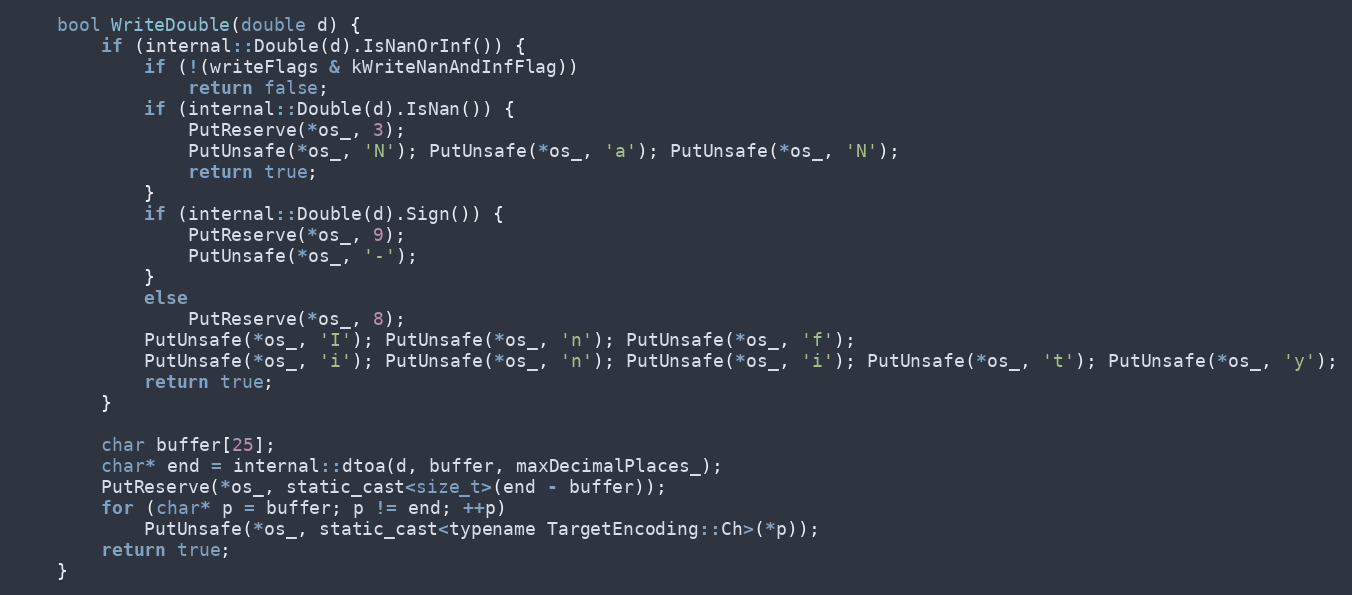
Language: C
    bool WriteDouble(double d) {
        if (internal::Double(d).IsNanOrInf()) {
            if (!(writeFlags & kWriteNanAndInfFlag))
                return false;
            if (internal::Double(d).IsNan()) {
                PutReserve(*os_, 3);
                PutUnsafe(*os_, 'N'); PutUnsafe(*os_, 'a'); PutUnsafe(*os_, 'N');
                return true;
            }
            if (internal::Double(d).Sign()) {
                PutReserve(*os_, 9);
                PutUnsafe(*os_, '-');
            }
            else
                PutReserve(*os_, 8);
            PutUnsafe(*os_, 'I'); PutUnsafe(*os_, 'n'); PutUnsafe(*os_, 'f');
            PutUnsafe(*os_, 'i'); PutUnsafe(*os_, 'n'); PutUnsafe(*os_, 'i'); PutUnsafe(*os_, 't'); PutUnsafe(*os_, 'y');
            return true;
        }

        char buffer[25];
        char* end = internal::dtoa(d, buffer, maxDecimalPlaces_);
        PutReserve(*os_, static_cast<size_t>(end - buffer));
        for (char* p = buffer; p != end; ++p)
            PutUnsafe(*os_, static_cast<typename TargetEncoding::Ch>(*p));
        return true;
    }